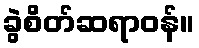
ခွဲစိတ်ဆရာဝန်။